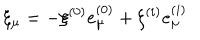
\xi _ { \mu } = - \xi ^ { ( 0 ) } e _ { \mu } ^ { ( 0 ) } + \xi ^ { ( i ) } e _ { \mu } ^ { ( i ) }